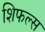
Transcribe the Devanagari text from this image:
शिफल्स